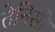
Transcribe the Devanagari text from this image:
तेनिसी